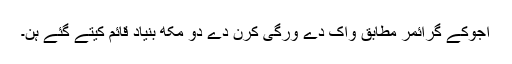
اجوکے گرائمر مطابق واک دے ورگی کرن دے دو مکھ بنیاد قائم کیتے گئے ہن۔